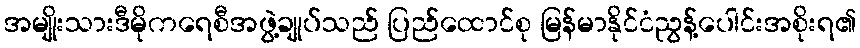
အမျိုးသားဒီမိုကရေစီအဖွဲ့ချုပ်သည် ပြည်ထောင်စု မြန်မာနိုင်ငံညွန့်ပေါင်းအစိုးရ၏